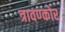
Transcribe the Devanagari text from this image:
त्रावण्कोर